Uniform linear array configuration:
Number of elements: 4
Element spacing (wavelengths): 0.75
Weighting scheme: blackman
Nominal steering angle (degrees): -60
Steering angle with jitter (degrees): -61.56
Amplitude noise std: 0.05
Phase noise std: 0.05

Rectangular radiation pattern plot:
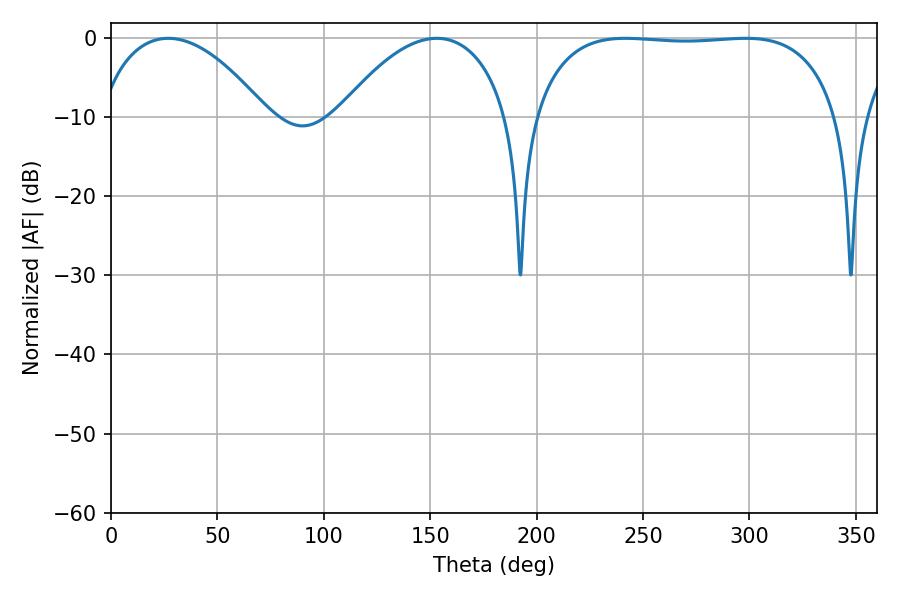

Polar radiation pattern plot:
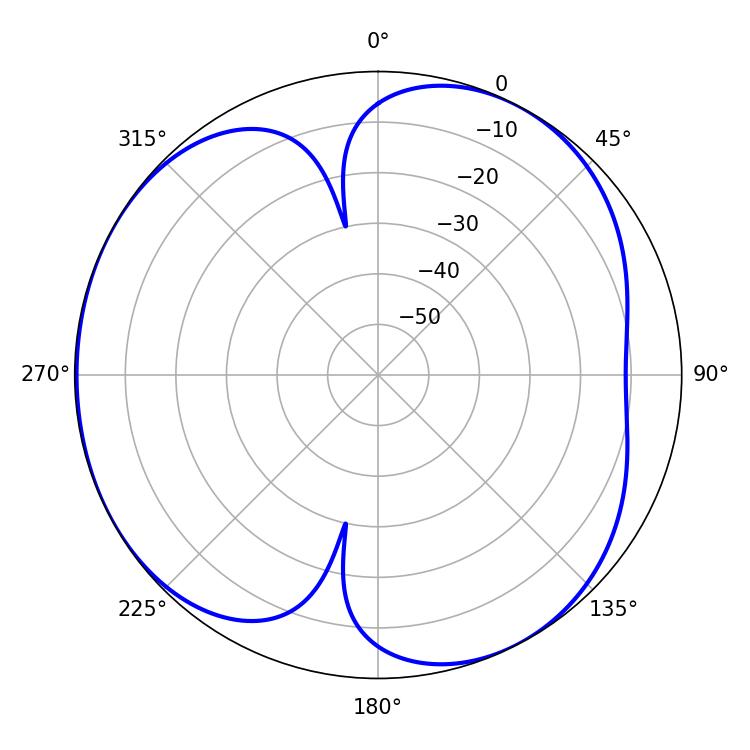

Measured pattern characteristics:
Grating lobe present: TRUE
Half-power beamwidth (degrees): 113.4
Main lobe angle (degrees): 241.74